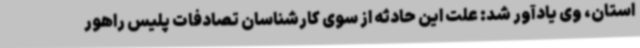
استان، وی یادآور شد: علت این حادثه از سوی کارشناسان تصادفات پلیس راهور